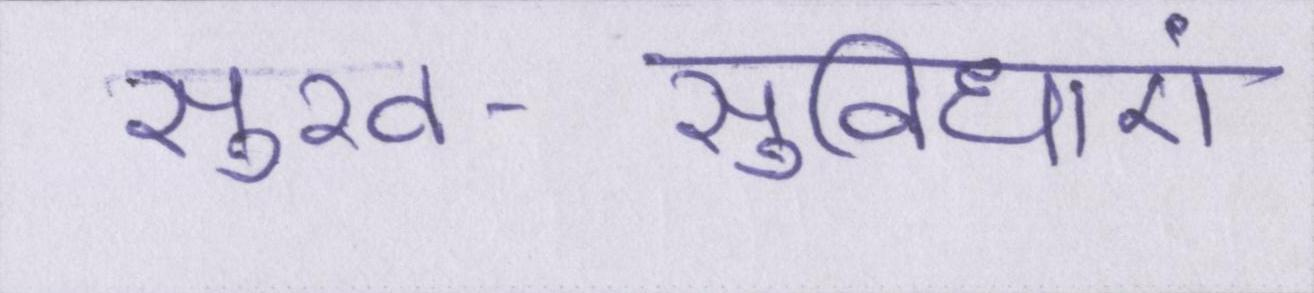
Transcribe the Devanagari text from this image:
सुख-सुविधाएं